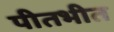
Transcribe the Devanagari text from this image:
पीतभीत